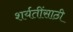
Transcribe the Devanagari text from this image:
शर्यतींसाठी